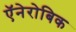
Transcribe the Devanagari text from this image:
ऍनेरोबिक